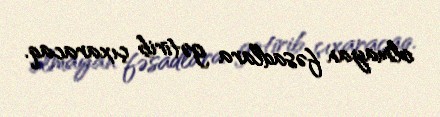
olmayan fəsadlara gətirib çıxaracaq.